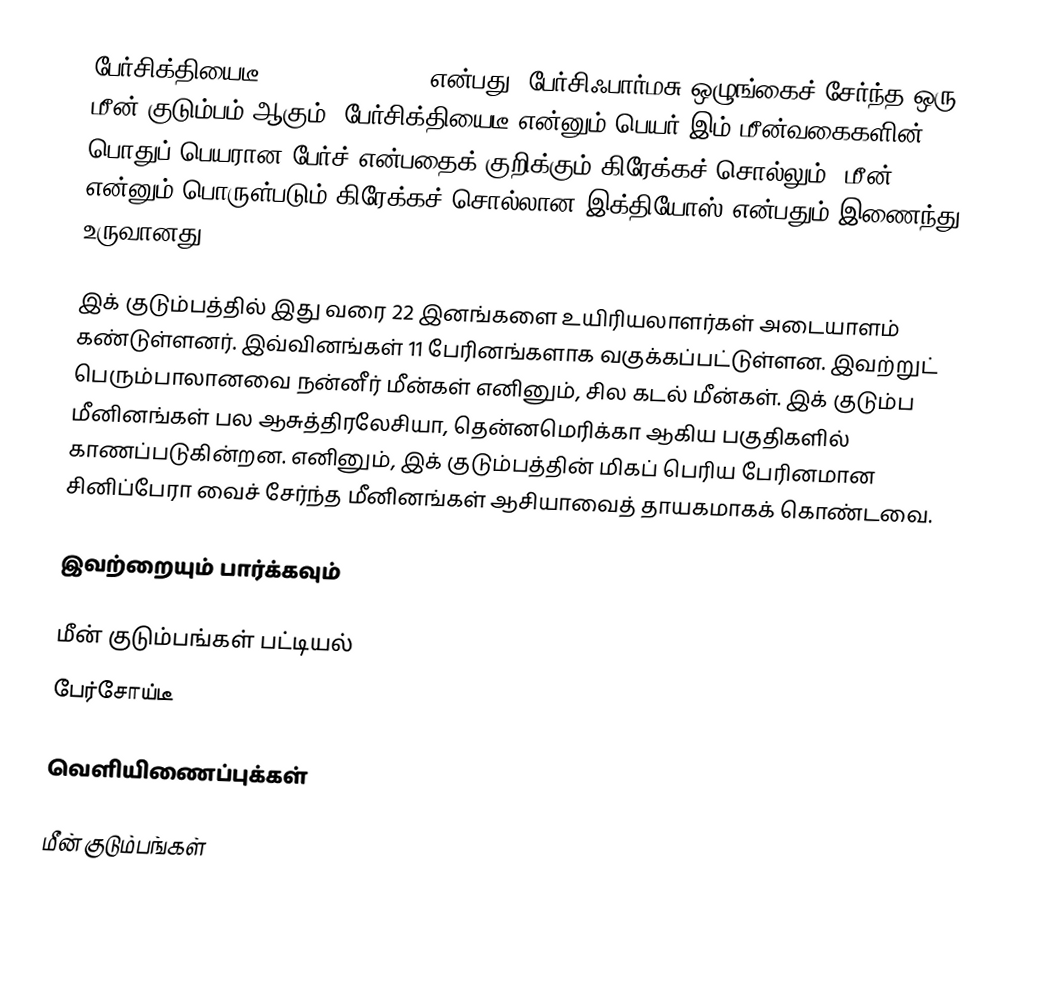
பேர்சிக்தியைடீ (Percichthyidae) என்பது, பேர்சிஃபார்மசு ஒழுங்கைச் சேர்ந்த ஒரு மீன் குடும்பம் ஆகும். பேர்சிக்தியைடீ என்னும் பெயர் இம் மீன்வகைகளின் பொதுப் பெயரான பேர்ச் என்பதைக் குறிக்கும் கிரேக்கச் சொல்லும், மீன் என்னும் பொருள்படும் கிரேக்கச் சொல்லான இக்தியோஸ் என்பதும் இணைந்து உருவானது.

இக் குடும்பத்தில் இது வரை 22 இனங்களை உயிரியலாளர்கள் அடையாளம் கண்டுள்ளனர். இவ்வினங்கள் 11 பேரினங்களாக வகுக்கப்பட்டுள்ளன. இவற்றுட் பெரும்பாலானவை நன்னீர் மீன்கள் எனினும், சில கடல் மீன்கள். இக் குடும்ப மீனினங்கள் பல ஆசுத்திரலேசியா, தென்னமெரிக்கா ஆகிய பகுதிகளில் காணப்படுகின்றன. எனினும், இக் குடும்பத்தின் மிகப் பெரிய பேரினமான சினிப்பேரா வைச் சேர்ந்த மீனினங்கள் ஆசியாவைத் தாயகமாகக் கொண்டவை.

இவற்றையும் பார்க்கவும்

 மீன் குடும்பங்கள் பட்டியல்
 பேர்சோய்டீ

வெளியிணைப்புக்கள்

மீன் குடும்பங்கள்